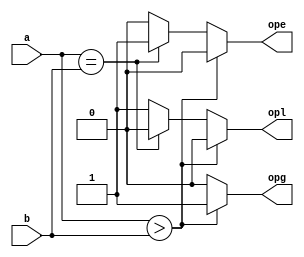
module magnitudeComp4bit(opg,ope,opl,a,b);
	input [3:0] a,b;
	output opg,ope,opl;
	reg opg,ope,opl;
	always @ (a or b)
	begin
		 if(a > b)   begin  
            opl = 0;
            ope = 0;
            opg = 1;    end
        else if(a == b) begin 
            opl = 0;
            ope = 1;
            opg = 0;    end
        else    begin 
            opl = 1;
            ope = 0;
            opg =0;
        end 
	end
endmodule